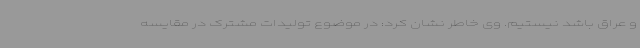
و عراق باشد نیستیم. وی خاطر نشان کرد: در موضوع تولیدات مشترک در مقایسه